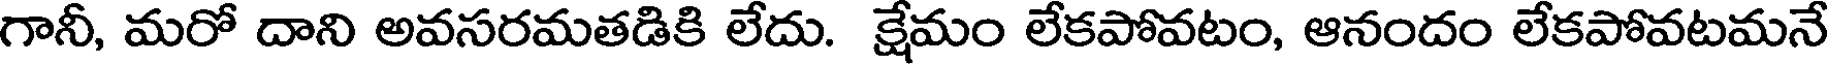
గానీ, మరో దాని అవసరమతడికి లేదు. క్షేమం లేకపోవటం, ఆనందం లేకపోవటమనే